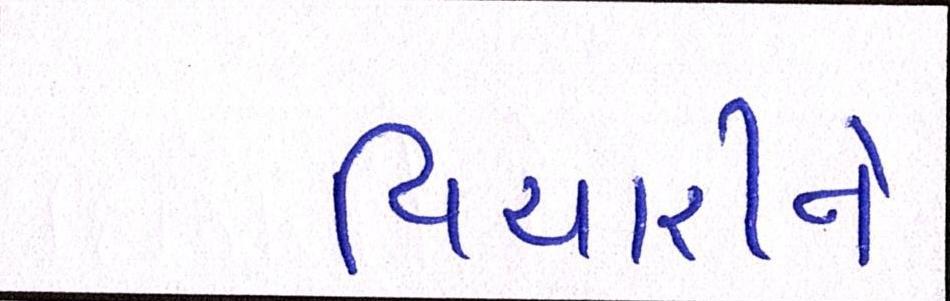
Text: વિચારીને